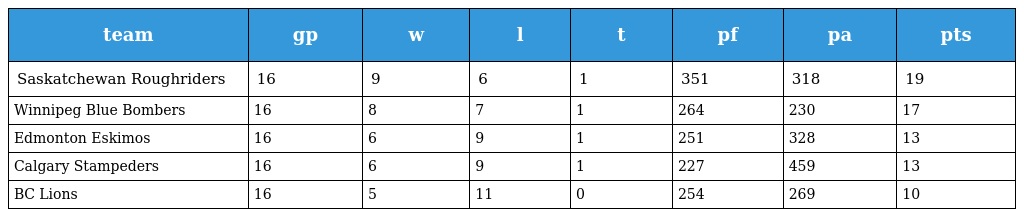
| team | gp | w | l | t | pf | pa | pts |
 | --- | --- | --- | --- | --- | --- | --- | --- |
 | Saskatchewan Roughriders | 16 | 9 | 6 | 1 | 351 | 318 | 19 |
 | Winnipeg Blue Bombers | 16 | 8 | 7 | 1 | 264 | 230 | 17 |
 | Edmonton Eskimos | 16 | 6 | 9 | 1 | 251 | 328 | 13 |
 | Calgary Stampeders | 16 | 6 | 9 | 1 | 227 | 459 | 13 |
 | BC Lions | 16 | 5 | 11 | 0 | 254 | 269 | 10 |